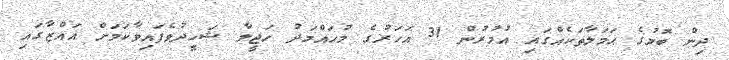
ދިން ބޮމުގެ ޙަމަލާތަކެއްގައި އުމުރުން 31 އަހަރުގެ މުހައްމަދު ހަޖީލާ ޝަހީދުވެފައިވާކަމަށް ޣައްޒާގައި